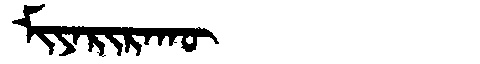
Manchu: ᠮᡳᠶᠠᡵᡳᡵᠠᡴᡡ
Romanization: MIYARIRAKŪ